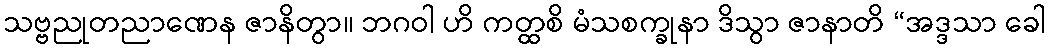
သဗ္ဗညုတညာဏေန ဇာနိတွာ။ ဘဂဝါ ဟိ ကတ္ထစိ မံသစက္ခုနာ ဒိသွာ ဇာနာတိ “အဒ္ဒသာ ခေါ